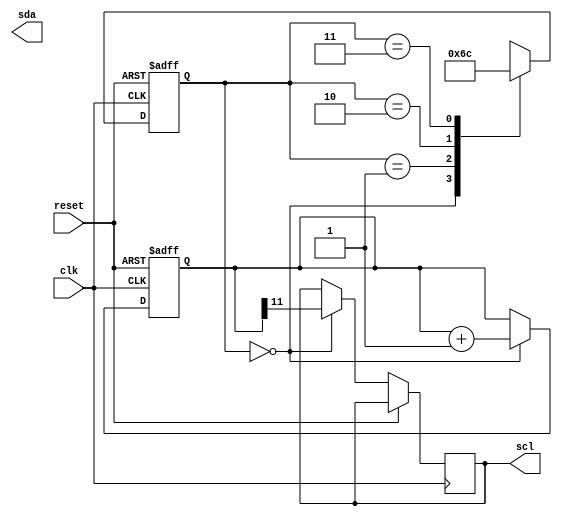
module i2c_timing_control(
    input wire clk, // input clock signal
    input wire reset, // asynchronous reset signal
    output wire scl, // I2C clock signal
    output wire sda // I2C data signal
);

reg [11:0] counter; // counter for clock divider
reg [1:0] state; // state machine for synchronization and control logic

always @(posedge clk or posedge reset) begin
    if (reset) begin
        counter <= 12'b0;
        state <= 2'b00;
    end else begin
        case(state)
            2'b00: begin // Idle state
                counter <= counter + 1;
                scl <= counter[11]; // generate clock signal
                // synchronization logic for sda signal
                state <= 2'b01; // next state
            end
            2'b01: begin // Start condition state
                // generate start condition logic
                state <= 2'b10; // next state
            end
            2'b10: begin // Data transmission state
                // handle data transmission
                state <= 2'b11; // next state
            end
            2'b11: begin // Stop condition state
                // generate stop condition logic
                state <= 2'b00; // go back to idle state
            end
        endcase
    end
end

endmodule